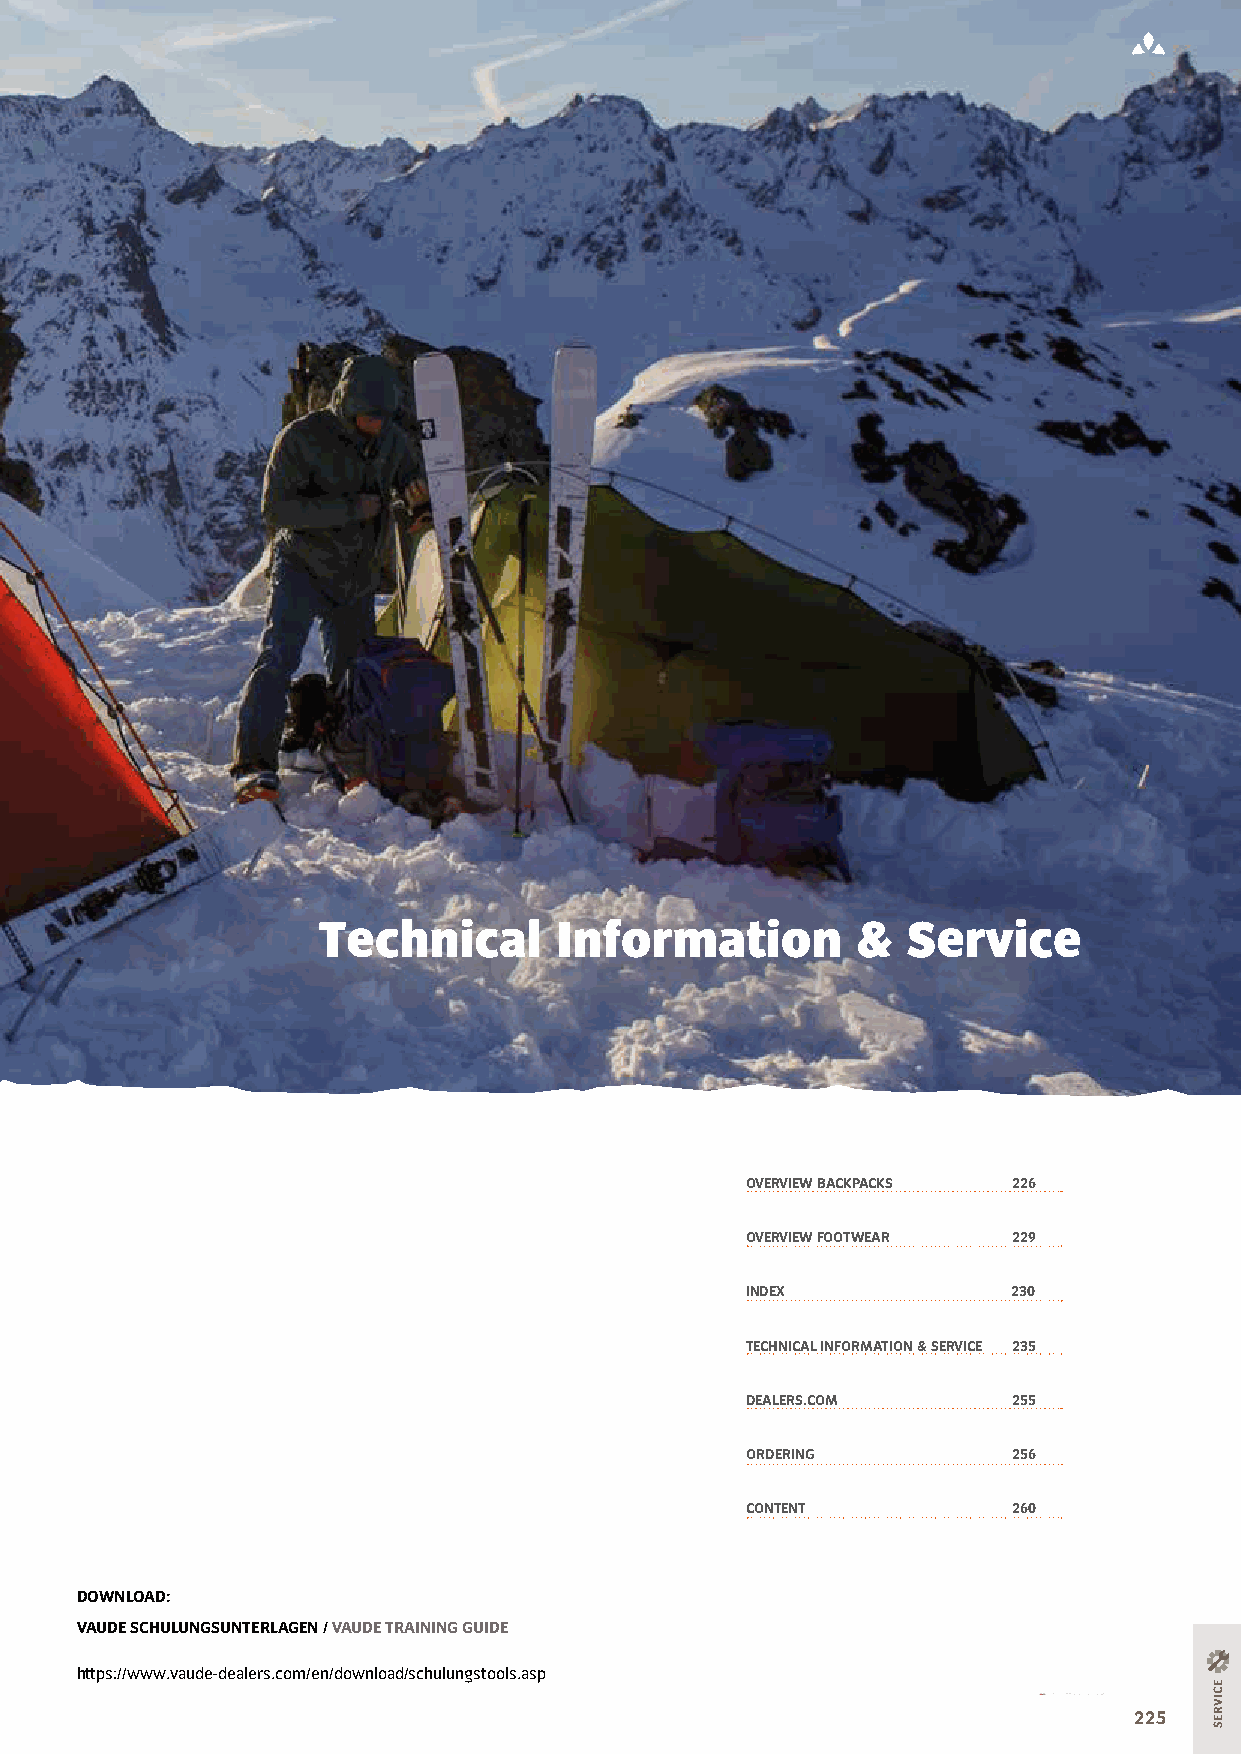
Technical       Information         &  Service
 OVERVIEW BACKPACKS 226
 OVERVIEW FOOTWEAR 229
 INDEX             230
 TECHNICAL INFORMATION & SERVICE 235
 DEALERS.COM       255
 ORDERING          256
 CONTENT           260
 DOWNLOAD:
 VAUDE SCHULUNGSUNTERLAGEN / VAUDE TRAINING GUIDE
 https://www.vaude-dealers.com/en/download/schulungstools.asp
 FAIR WORKING CONDITIONS WORLDWIDE 225
 ECIVRES